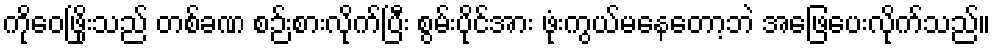
ကိုဝေဖြိုးသည် တစ်ခဏ စဉ်းစားလိုက်ပြီး စွမ်းပိုင်အား ဖုံးကွယ်မနေတော့ဘဲ အဖြေပေးလိုက်သည်။